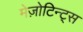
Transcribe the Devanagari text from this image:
मेज़ोटिन्ट्स